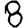
Digit: 8